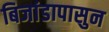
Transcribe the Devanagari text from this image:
बिजांडापासुन